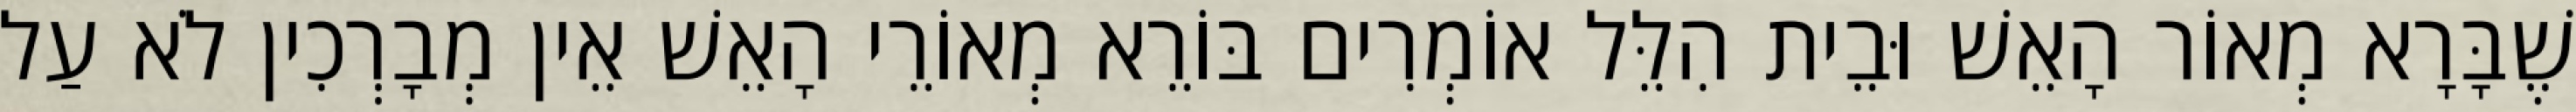
שֶׁבָּרָא מְאוֹר הָאֵשׁ וּבֵית הִלֵּל אוֹמְרִים בּוֹרֵא מְאוֹרֵי הָאֵשׁ אֵין מְבָרְכִין לֹא עַל